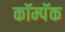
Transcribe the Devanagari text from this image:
कॉम्पॅक